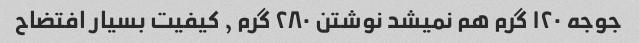
جوجه ۱۲۰ گرم هم نمیشد نوشتن ۲۸۰ گرم ٫ کیفیت بسیار افتضاح